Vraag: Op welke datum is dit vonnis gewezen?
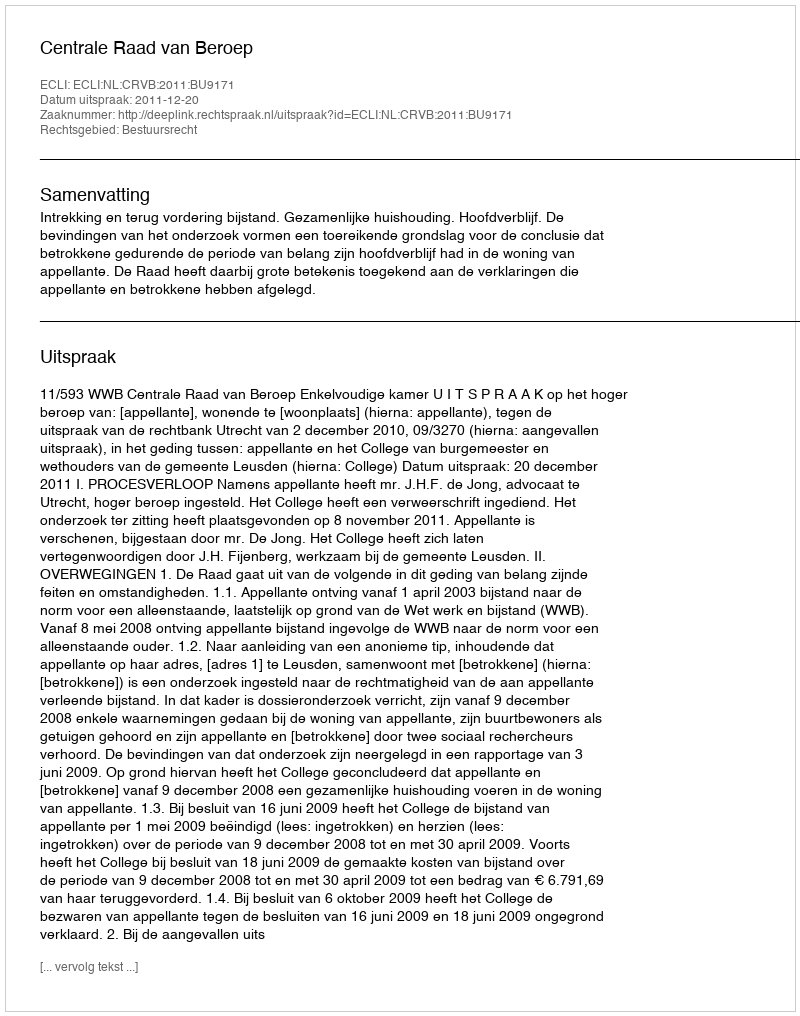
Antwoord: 2011-12-20